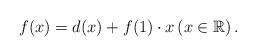
LaTeX: \begin{align*} f(x)=d(x)+f(1)\cdot x \left(x\in \mathbb{R}\right). \end{align*}